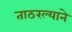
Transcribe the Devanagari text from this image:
ताठरल्याने